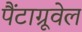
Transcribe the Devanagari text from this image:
पैंटाग्रूवेल